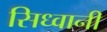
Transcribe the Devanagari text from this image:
सिध्वानी